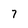
Character: 7